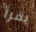
يقرأ